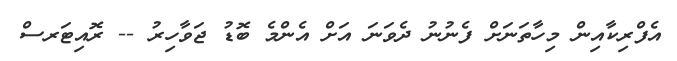
އެފްރިކާއިން މިހާތަނަށް ފެނުނު ދެވަނަ އަށް އެންމެ ބޮޑު ޖަވާހިރު -- ރޮއިޓަރސް